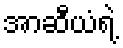
အာဆီယံရဲ့